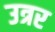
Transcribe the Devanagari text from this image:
उत्रर